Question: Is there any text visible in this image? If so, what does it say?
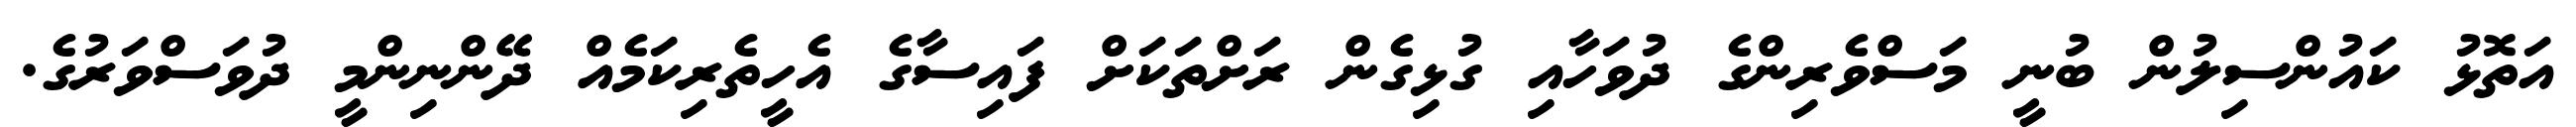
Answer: އަތޮޅު ކައުންސިލުން ބުނީ މަސްވެރިންގެ ދުވަހާއި ގުޅިގެން ރަށްތަކަށް ފައިސާގެ އެހީތެރިކަމެއް ދޭންނިންމީ ދުވަސްވަރުގެ.